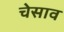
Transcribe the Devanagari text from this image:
चेसाव